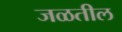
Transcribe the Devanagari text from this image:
जळतील